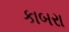
કાબરા